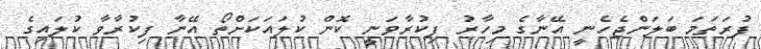
ފުރަތަމަ ބަލަންޖެހެނީ އޭނާގެ މިހާރު ފިކުރާވަނީ ކޮން ކުލައަކަށްތޯ އޭނާ ފިކުރާވާ ކުލައިގެ